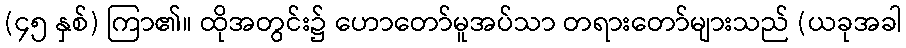
(၄၅ နှစ်) ကြာ၏။ ထိုအတွင်း၌ ဟောတော်မူအပ်သာ တရားတော်များသည် (ယခုအခါ